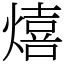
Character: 熺